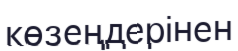
көзеңдерінен